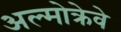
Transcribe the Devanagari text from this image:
अल्मोक्रेवे